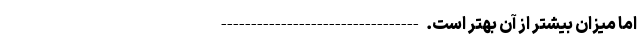
اما میزان بیشتر از آن بهتر است. ---------------------------------